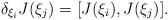
\begin{align*}\delta_{\xi_i} J(\xi_j) = [J(\xi_i),J(\xi_j)] .\end{align*}